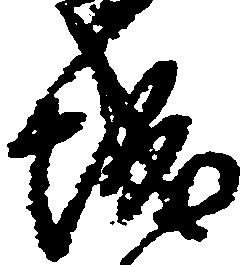
城